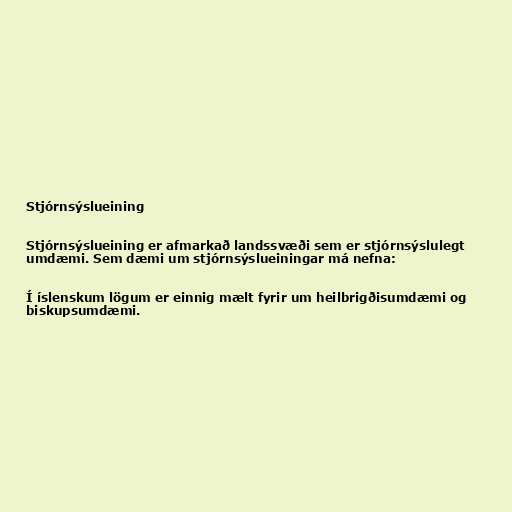
Stjórnsýslueining

Stjórnsýslueining er afmarkað landssvæði sem er stjórnsýslulegt
umdæmi. Sem dæmi um stjórnsýslueiningar má nefna:

Í íslenskum lögum er einnig mælt fyrir um heilbrigðisumdæmi og
biskupsumdæmi.